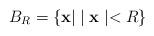
LaTeX: \begin{align*}B_{R} = \left \{ {\bf x} | \mid {\bf x} \mid < R \right \}\end{align*}